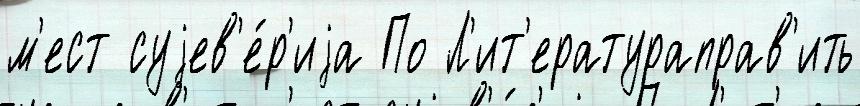
м'ест суjев'е́р'иjа По Л'ит'ератураправ'ить